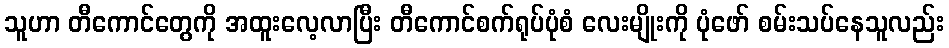
သူဟာ တီကောင်တွေကို အထူးလေ့လာပြီး တီကောင်စက်ရုပ်ပုံစံ လေးမျိုးကို ပုံဖော် စမ်းသပ်နေသူလည်း